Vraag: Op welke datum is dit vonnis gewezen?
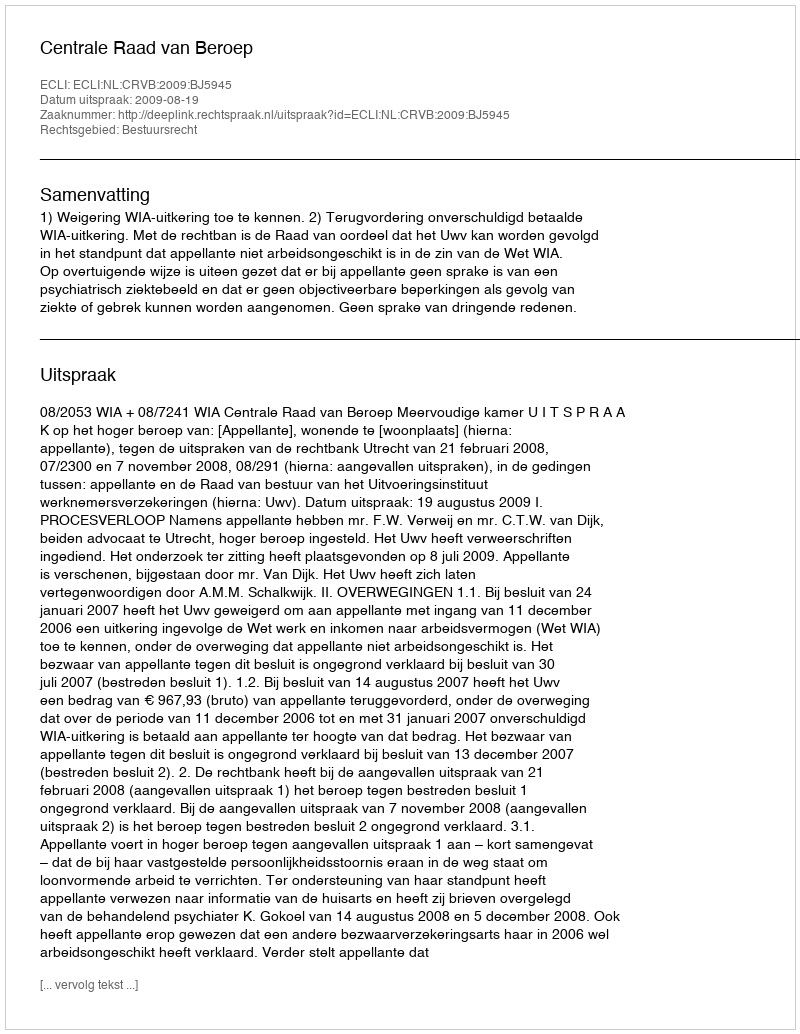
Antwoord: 2009-08-19